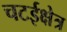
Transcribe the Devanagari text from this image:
चटईक्षेत्र